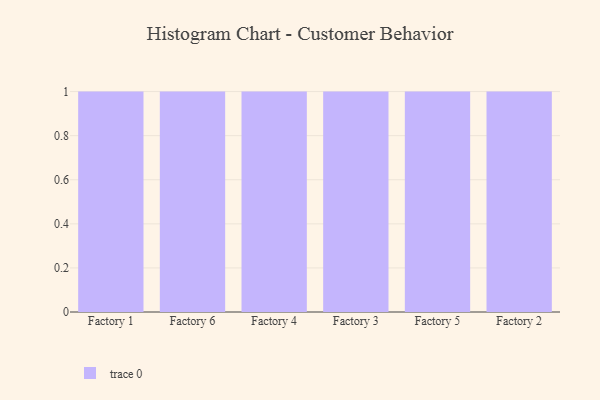
{"axis": {"x": "Factory", "y": "Temperature (°C)"}, "legend": [""], "data": [{"x": "Factory 1", "y": 54, "type": ""}, {"x": "Factory 6", "y": 42, "type": ""}, {"x": "Factory 4", "y": 64, "type": ""}, {"x": "Factory 3", "y": 34, "type": ""}, {"x": "Factory 5", "y": 37, "type": ""}, {"x": "Factory 2", "y": 54, "type": ""}]}